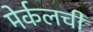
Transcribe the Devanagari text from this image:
मेर्कलची